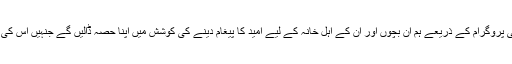
“اسٹارز آف کرسمس کمیونٹی پروگرام کے ذریعے ہم ان بچوں اور ان کے اہل خانہ کے لیے امید کا پیغام دینے کی کوشش میں اپنا حصہ ڈالیں گے جنہیں اس کی سب سے زیادہ ضروت ہے۔